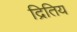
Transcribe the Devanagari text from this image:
द्रितिय